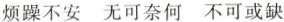
烦躁不安 无可奈何 不可或缺